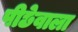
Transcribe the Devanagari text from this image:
पीछेवाला